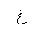
Letter: _gayn